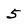
Character: 5